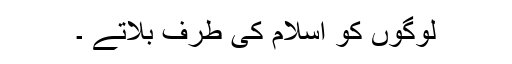
لوگوں کو اسلام کی طرف بلاتے ۔